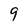
Character: 9